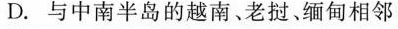
D与中南半岛的越南、老挝、缅甸相邻